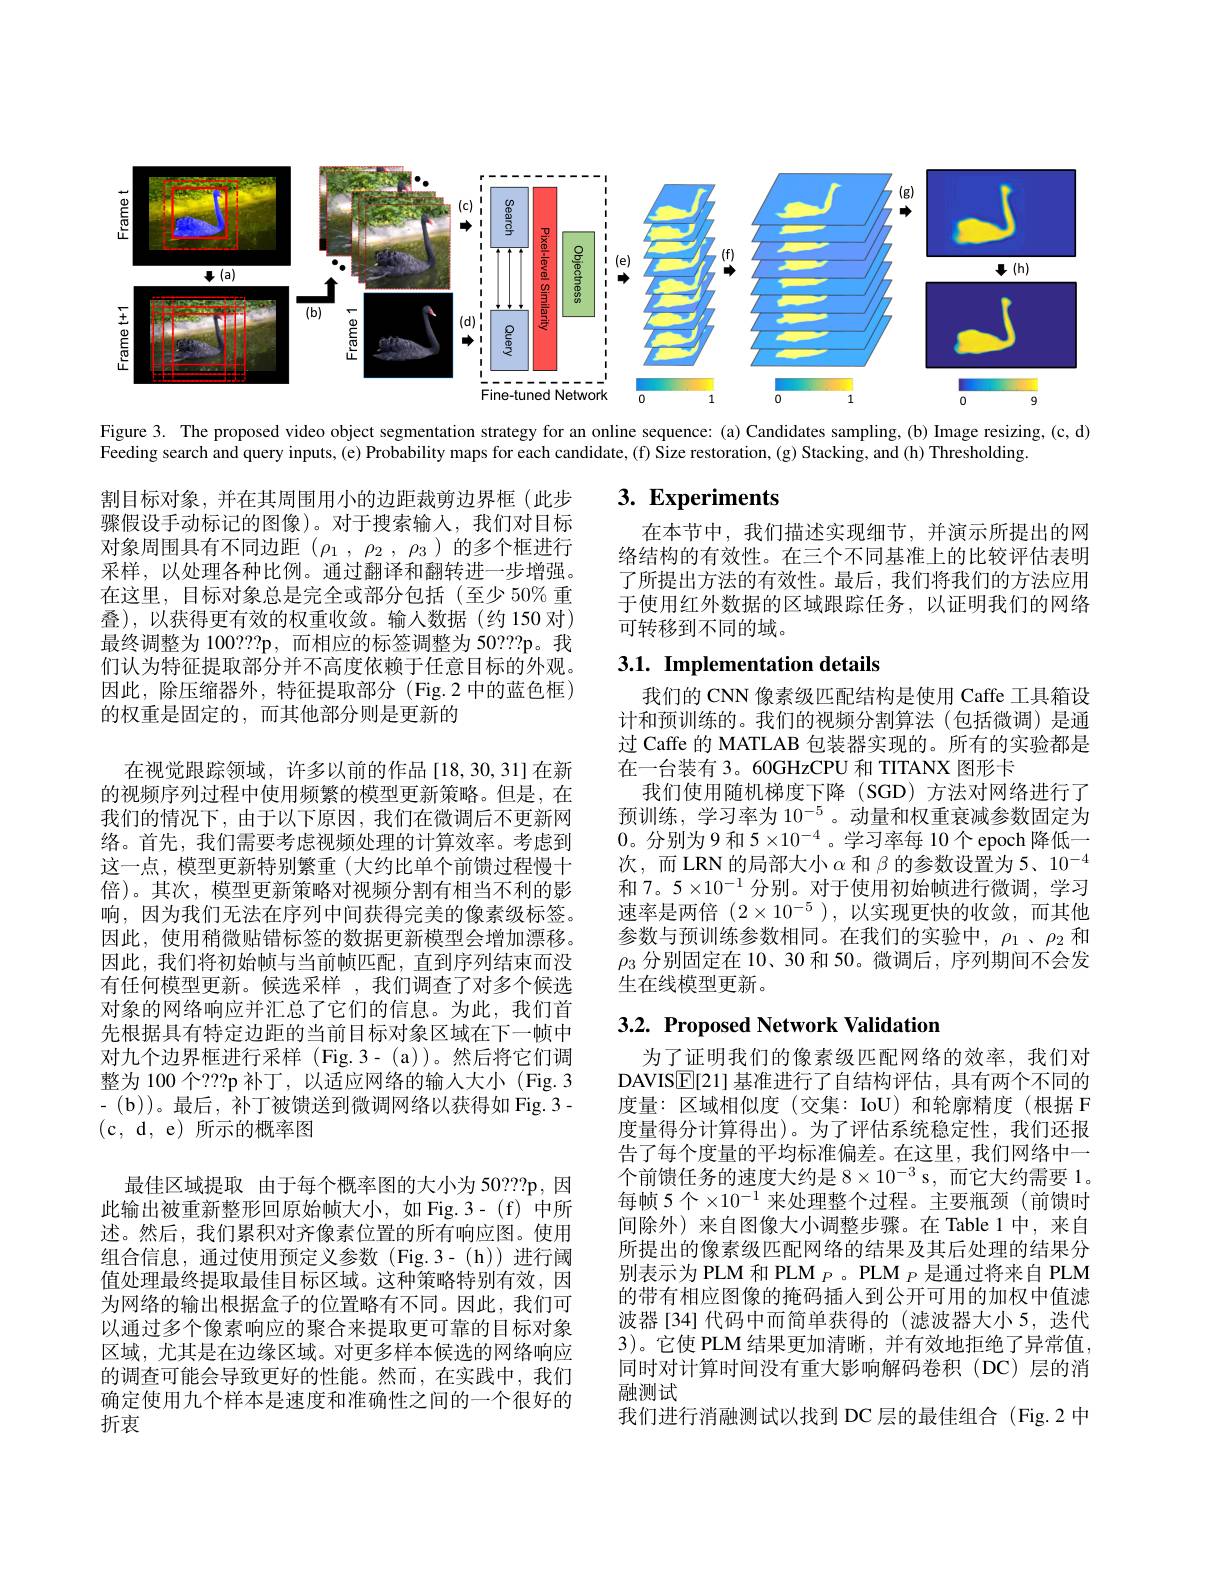
<FigureHere>

Figure 3. The proposed video object segmentation strategy for an online sequence: (a) Candidates sampling, (b) Image resizing, (c, d)

# $3. \textbf{ Experiments}$

在本节中，我们描述实现细节，并演示所提出的网络结构的有效性。在三个不同基准上的比较评估表明了所提出方法的有效性。最后，我们将我们的方法应用于使用红外数据的区域跟踪任务，以证明我们的网络可转移到不同的域。

## $3. 1. \textbf{Implementation details}$

我们的 CNN 像素级匹配结构是使用 Caffe 工具箱设计和预训练的。我们的视频分割算法(包括微调)是通过 Caffe 的 MATLAB 包装器实现的。所有的实验都是在一台装有 3。60GHzCPU 和 TITANX 图形卡
我们使用随机梯度下降 (SGD)方法对网络进行了预训练，学习率为$10^{-5}$。动量和权重衰减参数固定为0。分别为9 和 5$\times10^-4$。学习率每 10个 epoch 降低一次，而 LRN 的局部大小$\alpha$和$\beta$的参数设置为 5、10$^-4$ 和 7。5×10$^-1$分别。对于使用初始帧进行微调，学习速率是两倍$(2\times10^{-5})$,以实现更快的收敛，而其他参数与预训练参数相同。在我们的实验中，$\rho_1$、$\rho_2$和$\rho_3$分别固定在 10、30 和 50。微调后，序列期间不会发生在线模型更新。

Feeding search and query inputs, (e) Probability maps for each candidate, (f) Size restoration, (g) Stacking, and (h) Thresholding
割目标对象，并在其周围用小的边距裁剪边界框(此步骤假设手动标记的图像)。对于搜索输入，我们对目标对象周围具有不同边距($\rho_1,\rho_2,\rho_3$)的多个框进行采样，以处理各种比例。通过翻译和翻转进一步增强。在这里，目标对象总是完全或部分包括(至少 50% 重叠),以获得更有效的权重收敛。输人数据(约150 对) 最终调整为 100???p, 而相应的标签调整为 50???p。我们认为特征提取部分并不高度依赖于任意目标的外观。因此，除压缩器外，特征提取部分(Fig.2中的蓝色框) 的权重是固定的，而其他部分则是更新的
在视觉跟踪领域，许多以前的作品[18,30,31]在新的视频序列过程中使用频繁的模型更新策略。但是，在我们的情况下，由于以下原因，我们在微调后不更新网络。首先，我们需要考虑视频处理的计算效率。考虑到这一点，模型更新特别繁重(大约比单个前馈过程慢十倍)。其次，模型更新策略对视频分割有相当不利的影响，因为我们无法在序列中间获得完美的像素级标签。因此，使用稍微贴错标签的数据更新模型会增加漂移。因此，我们将初始帧与当前帧匹配，直到序列结束而没有任何模型更新。候选采样 ,我们调查了对多个候选对象的网络响应并汇总了它们的信息。为此，我们首先根据具有特定边距的当前目标对象区域在下一帧中对九个边界框进行采样 (Fig.3-(a))。然后将它们调整为 100 个？??p 补丁，以适应网络的输人大小 (Fig.3 - (b))。最后，补丁被馈送到微调网络以获得如 Fig. 3- (c,d,e)所示的概率图
最佳区域提取 由于每个概率图的大小为 50???p,因此输出被重新整形回原始帧大小，如 Fig.3-(f)中所述。然后，我们累积对齐像素位置的所有响应图。使用组合信息，通过使用预定义参数(Fig.3-(h))进行阈值处理最终提取最佳目标区域。这种策略特别有效，因为网络的输出根据盒子的位置略有不同。因此，我们可以通过多个像素响应的聚合来提取更可靠的目标对象区域，尤其是在边缘区域。对更多样本候选的网络响应的调查可能会导致更好的性能。然而，在实践中，我们确定使用九个样本是速度和准确性之间的一个很好的折衷

## 3.2. Proposed Network Validation

为了证明我们的像素级匹配网络的效率，我们对DAVIS$\underline{\mathbb{E}}[$21] 基准进行了自结构评估，具有两个不同的度量：区域相似度(交集：IoU)和轮廓精度(根据 F 度量得分计算得出)。为了评估系统稳定性，我们还报告了每个度量的平均标准偏差。在这里，我们网络中一个前馈任务的速度大约是 8$\times10^{-3}$ s,而它大约需要 1。每帧 5个$\times10^-1$ 来处理整个过程。主要瓶颈(前馈时间除外)来自图像大小调整步骤。在 Table 1中，来自所提出的像素级匹配网络的结果及其后处理的结果分别表示为 PLM 和 PLM $_P$。PLM $_P$是通过将来自 PLM 的带有相应图像的掩码插人到公开可用的加权中值滤波器[34]代码中而简单获得的(滤波器大小5，迭代3)。它使 PLM 结果更加清晰，并有效地拒绝了异常值， 同时对计算时间没有重大影响解码卷积(DC)层的消融测试
我们进行消融测试以找到 DC 层的最佳组合 (Fig.2 中